Senior Leaving Certificate Examination (including Day School Certificate (Higher) General paper), 1949
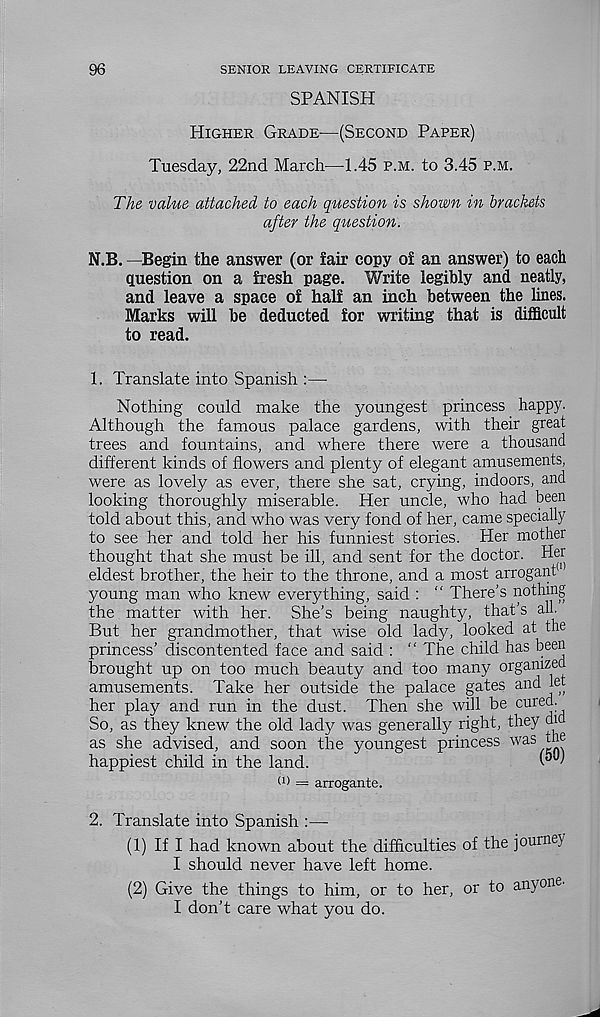
96
SENIOR LEAVING CERTIFICATE
SPANISH
Higher Grade-—(Second Paper)
Tuesday, 22nd March—1.45 p.m. to 3.45 p.m.
The value attached to each question is shown in brackets
after the question.
N.B. —Begin the answer (or fair copy of an answer) to each
question on a fresh page. Write legibly and neatly,
and leave a space of half an inch between the lines.
Marks will be deducted for writing that is difficult
to read.
1. Translate into Spanish :—
Nothing could make the youngest princess happy.
Although the famous palace gardens, with their great
trees and fountains, and where there were a thousand
different kinds of flowers and plenty of elegant amusements,
were as lovely as ever, there she sat, crying, indoors, and
looking thoroughly miserable. Her uncle, who had been
told about this, and who was very fond of her, came specially
to see her and told her his funniest stories. Her mother
thought that she must be ill, and sent for the doctor. Her
eldest brother, the heir to the throne, and a most arrogant 1
young man who knew everything, said : “ There’s nothing
the matter with her. She’s being naughty, that’s all
But her grandmother, that wise old lady, looked at the
princess’ discontented face and said : “ The child has been
brought up on too much beauty and too many organized
amusements. Take her outside the palace gates and let
her play and run in the dust. Then she will be cum j:,
So, as they knew the old lady was generally right, they did
as she advised, and soon the youngest princess was the
happiest child in the land.
^
U) = arrogante.
2. Translate into Spanish :—
(1) If I had known about the difficulties of the journej
I should never have left home.
(2) Give the things to him, or to her, or to anyone.
I don’t care what you do.